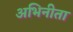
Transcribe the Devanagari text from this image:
अभिनीता